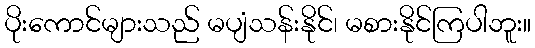
ပိုးကောင်များသည် မပျံသန်းနိုင်၊ မစားနိုင်ကြပါဘူး။